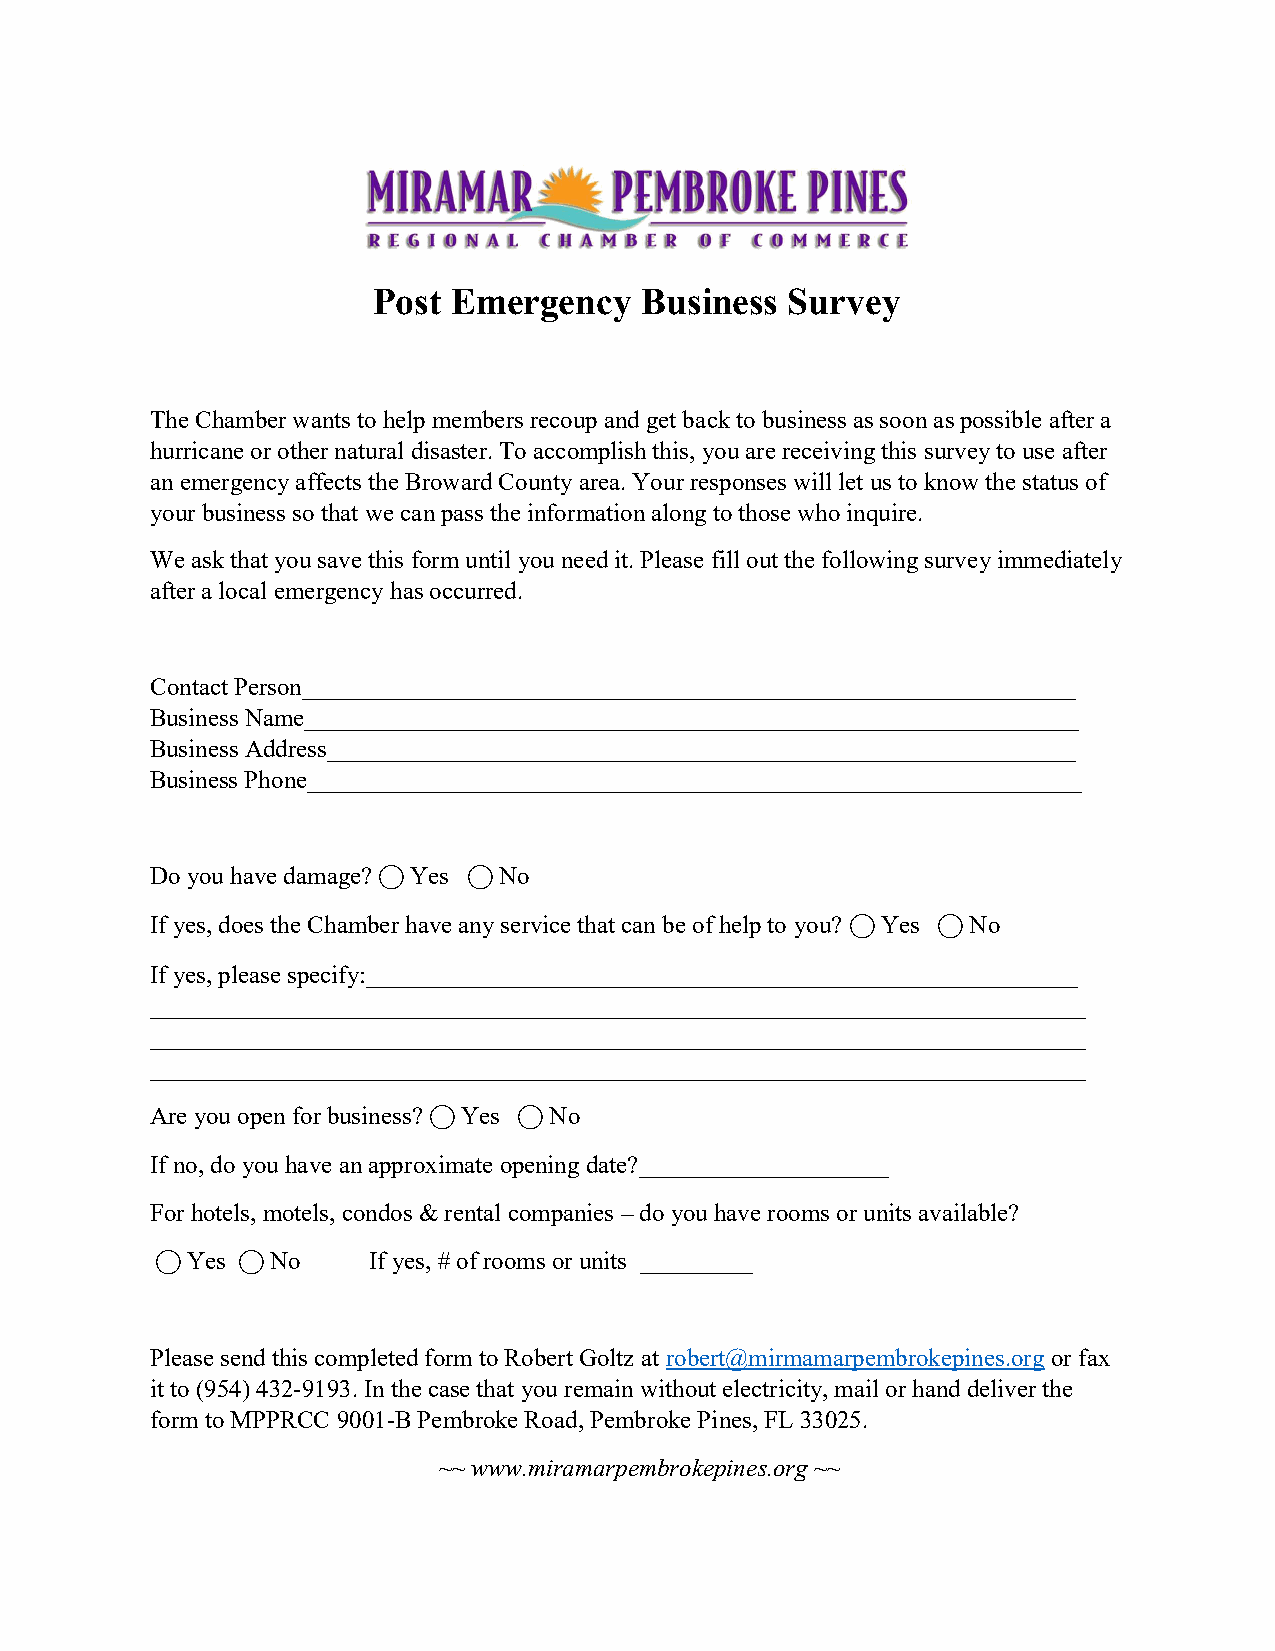
Post Emergency    Business Survey
 The Chamber wants to help members recoup and get back to business as soon as possible after a
 hurricane or other natural disaster. To accomplish this, you are receiving this survey to use after
 an emergency affects the Broward County area. Your responses will let us to know the status of
 your business so that we can pass the information along to those who inquire.
 We ask that you save this form until you need it. Please fill out the following survey immediately
 after a local emergency has occurred.
 Contact Person______________________________________________________________
 Business Name______________________________________________________________
 Business Address____________________________________________________________
 Business Phone______________________________________________________________
 Do you have damage? ⃝ Yes ⃝ No
 If yes, does the Chamber have any service that can be of help to you? ⃝ Yes ⃝ No
 If yes, please specify:_________________________________________________________
 ___________________________________________________________________________
 ___________________________________________________________________________
 ___________________________________________________________________________
 Are you open for business? ⃝ Yes ⃝ No
 If no, do you have an approximate opening date?____________________
 For hotels, motels, condos & rental companies – do you have rooms or units available?
 ⃝ Yes ⃝ No    If yes, # of rooms or units _________
 Please send this completed form to Robert Goltz at robert@mirmamarpembrokepines.org or fax
 it to (954) 432-9193. In the case that you remain without electricity, mail or hand deliver the
 form to MPPRCC 9001-B Pembroke Road, Pembroke Pines, FL 33025.
 ~~ www.miramarpembrokepines.org ~~